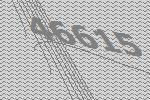
46615